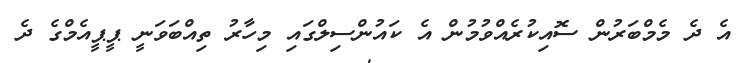
އެ ދެ މެމްބަރުން ސޮއިކުރެއްވުމުން އެ ކައުންސިލްގައި މިހާރު ތިއްބަވަނީ ޕީޕީއެމްގެ ދެ